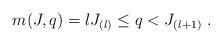
LaTeX: \begin{align*} m(J, q) = l J_{(l)} \leq q < J_{(l+1)} \; .\end{align*}